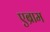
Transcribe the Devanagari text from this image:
एब्राम